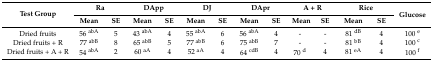
<table><thead><tr><td rowspan="2"><b>Test Group</b></td><td colspan="2"><b>Ra</b></td><td colspan="2"><b>DApp</b></td><td colspan="2"><b>DJ</b></td><td colspan="2"><b>DApr</b></td><td colspan="2"><b>A + R</b></td><td colspan="2"><b>Rice</b></td><td rowspan="2"><b>Glucose</b></td></tr><tr><td><b>Mean</b></td><td><b>SE</b></td><td><b>Mean</b></td><td><b>SE</b></td><td><b>Mean</b></td><td><b>SE</b></td><td><b>Mean</b></td><td><b>SE</b></td><td><b>Mean</b></td><td><b>SE</b></td><td><b>Mean</b></td><td><b>SE</b></td></tr></thead><tbody><tr><td>Dried fruits</td><td>56 <sup>abA</sup></td><td>5</td><td>43 <sup>abA</sup></td><td>4</td><td>55 <sup>abA</sup></td><td>6</td><td>56 <sup>abA</sup></td><td>4</td><td>-</td><td>-</td><td>81 <sup>dB</sup></td><td>4</td><td>100 <sup>e</sup></td></tr><tr><td>Dried fruits + R</td><td>77 <sup>abB</sup></td><td>8</td><td>65 <sup>abB</sup></td><td>5</td><td>77 <sup>abB</sup></td><td>6</td><td>75 <sup>abB</sup></td><td>7</td><td>-</td><td>-</td><td>81 <sup>bB</sup></td><td>4</td><td>100 <sup>c</sup></td></tr><tr><td>Dried fruits + A + R</td><td>54 <sup>abA</sup></td><td>2</td><td>60 <sup>aA</sup></td><td>4</td><td>52 <sup>aA</sup></td><td>4</td><td>64 <sup>cdB</sup></td><td>4</td><td>70 <sup>d</sup></td><td>4</td><td>81 <sup>eA</sup></td><td>4</td><td>100 <sup>f</sup></td></tr></tbody></table>